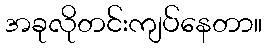
အခုလိုတင်းကျပ်နေတာ။